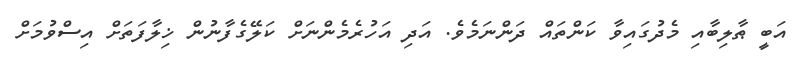
އަބީ ޠާލިބާއި މެދުގައިވާ ކަންތައް ދަންނަމެވެ. އަދި އަހުރެމެންނަށް ކަލޭގެފާނުން ޚިލާފަތަށް އިސްވުމަށް